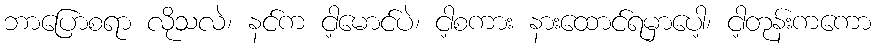
ဘာပြောစရာ လိုသလဲ၊ နင်က ငါ့မောင်ပဲ၊ ငါ့စကား နားထောင်ရမှာပေါ့၊ ငါ့တုန်းကကော